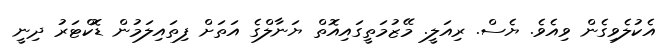
އެކުލެވިގެން ވިއެވެ. ޔެސް. ރިއަލީ. މޭޒުމަތީގައިއޮތް ޔަނާލްގެ އަތަށް ފިތައިލަމުން ޑޮކްޓަރު ދިނީ